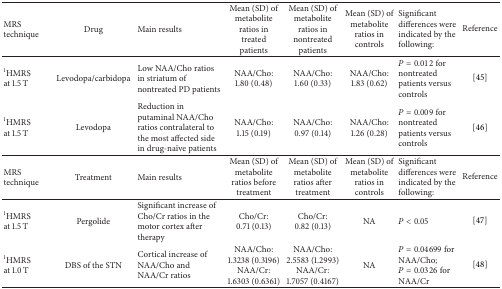
<table><thead><tr><td><b>MRS technique</b></td><td><b>Drug</b></td><td><b>Main results</b></td><td><b>Mean (SD) of metabolite ratios in treated patients</b></td><td><b>Mean (SD) of metabolite ratios in nontreated patients</b></td><td><b>Mean (SD) of metabolite ratios in controls</b></td><td><b>Significant differences were indicated by the following:</b></td><td><b>Reference</b></td></tr></thead><tbody><tr><td><sup>1</sup>HMRS at 1.5 T</td><td>Levodopa/carbidopa</td><td>Low NAA/Cho ratios in striatum of nontreated PD patients</td><td>NAA/Cho: 1.80 (0.48)</td><td>NAA/Cho: 1.60 (0.33)</td><td>NAA/Cho: 1.83 (0.62)</td><td><i>P</i> = 0.012 for nontreated patients versus controls</td><td>[45]</td></tr><tr><td><sup>1</sup>HMRS at 1.5 T</td><td>Levodopa</td><td>Reduction in putaminal NAA/Cho ratios contralateral to the most affected side in drug-naïve patients</td><td>NAA/Cho: 1.15 (0.19)</td><td>NAA/Cho: 0.97 (0.14)</td><td>NAA/Cho: 1.26 (0.28)</td><td><i>P</i> = 0.009 for nontreated patients versus controls</td><td>[46]</td></tr><tr><td>MRS technique</td><td>Treatment</td><td>Main results</td><td>Mean (SD) of metabolite ratios before treatment</td><td>Mean (SD) of metabolite ratios after treatment</td><td>Mean (SD) of metabolite ratios in controls</td><td>Significant differences were indicated by the following:</td><td>Reference</td></tr><tr><td><sup>1</sup>HMRS at 1.5 T</td><td>Pergolide</td><td>Significant increase of Cho/Cr ratios in the motor cortex after therapy</td><td>Cho/Cr: 0.71 (0.13) </td><td>Cho/Cr: 0.82 (0.13)</td><td>NA</td><td><i>P</i> &lt; 0.05</td><td>[47]</td></tr><tr><td><sup>1</sup>HMRS at 1.0 T</td><td>DBS of the STN</td><td>Cortical increase of NAA/Cho and NAA/Cr ratios</td><td>NAA/Cho: 1.3238 (0.3196) NAA/Cr: 1.6303 (0.6361)</td><td>NAA/Cho: 2.5583 (1.2993) NAA/Cr: 1.7057 (0.4167)</td><td>NA</td><td><i>P</i> = 0.04699 for NAA/Cho; <i>P</i> = 0.0326 for NAA/Cr</td><td>[48]</td></tr></tbody></table>